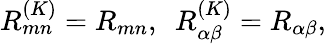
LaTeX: R_{mn}^{(K)}=R_{mn},~~R_{\alpha\beta}^{(K)}=R_{\alpha\beta},